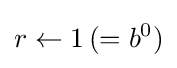
r\leftarrow 1\,(=b^{0})